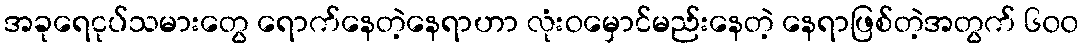
အခုရေငုပ်သမားတွေ ရောက်နေတဲ့နေရာဟာ လုံးဝမှောင်မည်းနေတဲ့ နေရာဖြစ်တဲ့အတွက် ၆၀၀